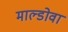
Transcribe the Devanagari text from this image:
माल्डोवा